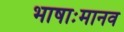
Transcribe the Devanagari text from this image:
भाषाःमानव